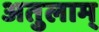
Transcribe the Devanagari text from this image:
अतुलाम्